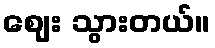
ဈေး သွားတယ်။